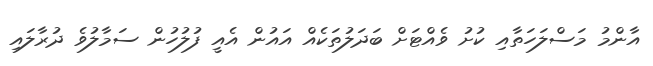
އާންމު މަސްލަހަތާއި ކުށު ވެއްޓަށް ބަދަލުތަކެއް އައުން އެއީ ފުލުހުން ސަމާލުވެ ދުރާލައި